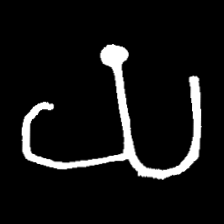
Pyu character \u2014 Myanmar letter: ယ (romanized: ya)